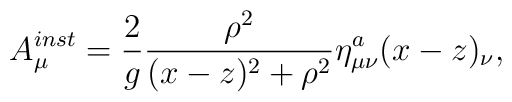
A_{\mu}^{inst} = \frac {2}{g} \frac {\rho^2}{(x-z)^2+\rho^2}\eta_{\mu \nu}^{a} (x-z)_{\nu},